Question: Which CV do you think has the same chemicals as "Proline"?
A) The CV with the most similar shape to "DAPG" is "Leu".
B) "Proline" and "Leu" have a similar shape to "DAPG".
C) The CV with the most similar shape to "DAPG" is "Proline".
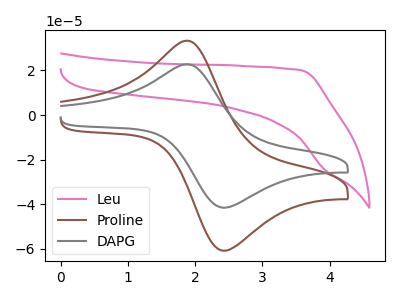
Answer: <think>The pink curve "Leu" has no peaks. The brown curve "Proline" has an anodic peak at (1.85V, 33.35uA) and a cathodic peak at (2.40V, -60.90uA). The gray curve "DAPG" has an anodic peak at (1.85V, 22.80uA) and a cathodic peak at (2.40V, -41.60uA).
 "Leu" and "Proline" have a different number of peaks. "Leu" and "DAPG" have a different number of peaks. All the peaks in "Proline" have a peak in "DAPG" at the same potential. Every peak in "Proline" is higher than every peak in "DAPG".</think>
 <answer>C) The CV with the most similar shape to "DAPG" is "Proline".</answer>
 <eval>C</eval>